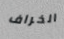
الخراف